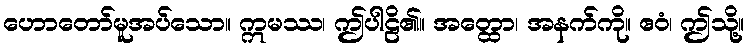
ဟောတော်မူအပ်သော။ ဣမဿ၊ ဤပါဠိ၏။ အတ္ထော၊ အနက်ကို။ ဧဝံ၊ ဤသို့။